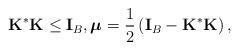
LaTeX: \begin{align*}\mathbf{K^{\ast }K}\leq \mathbf{I}_{B},\boldsymbol{\mu} =\frac{1}{2}\left( \mathbf{I}_{B}-\mathbf{K} ^{\ast }\mathbf{K}\right) ,\end{align*}